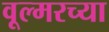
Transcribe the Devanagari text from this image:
वूल्मरच्या